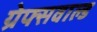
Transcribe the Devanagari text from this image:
ग्रेफ्सवाल्ड